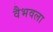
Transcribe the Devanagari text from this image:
वैभवला